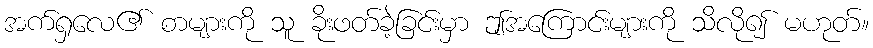
အက်ရှလေ၏ စာများကို သူ ခိုးဖတ်ခဲ့ခြင်းမှာ ဤအကြောင်းများကို သိလို၍ မဟုတ်။